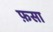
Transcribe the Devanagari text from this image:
फ़सा